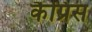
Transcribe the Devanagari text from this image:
कैप्रिस